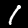
Digit: 1